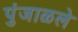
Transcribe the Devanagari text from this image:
पुंजाळले